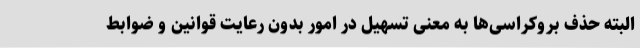
البته حذف بروکراسی‌ها به معنی تسهیل در امور بدون رعایت قوانین و ضوابط